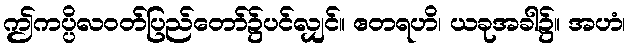
ဤကပ္ပိလဝတ်ပြည်တော်၌ပင်လျှင်။ ဧတရဟိ၊ ယခုအခါ၌။ အဟံ၊